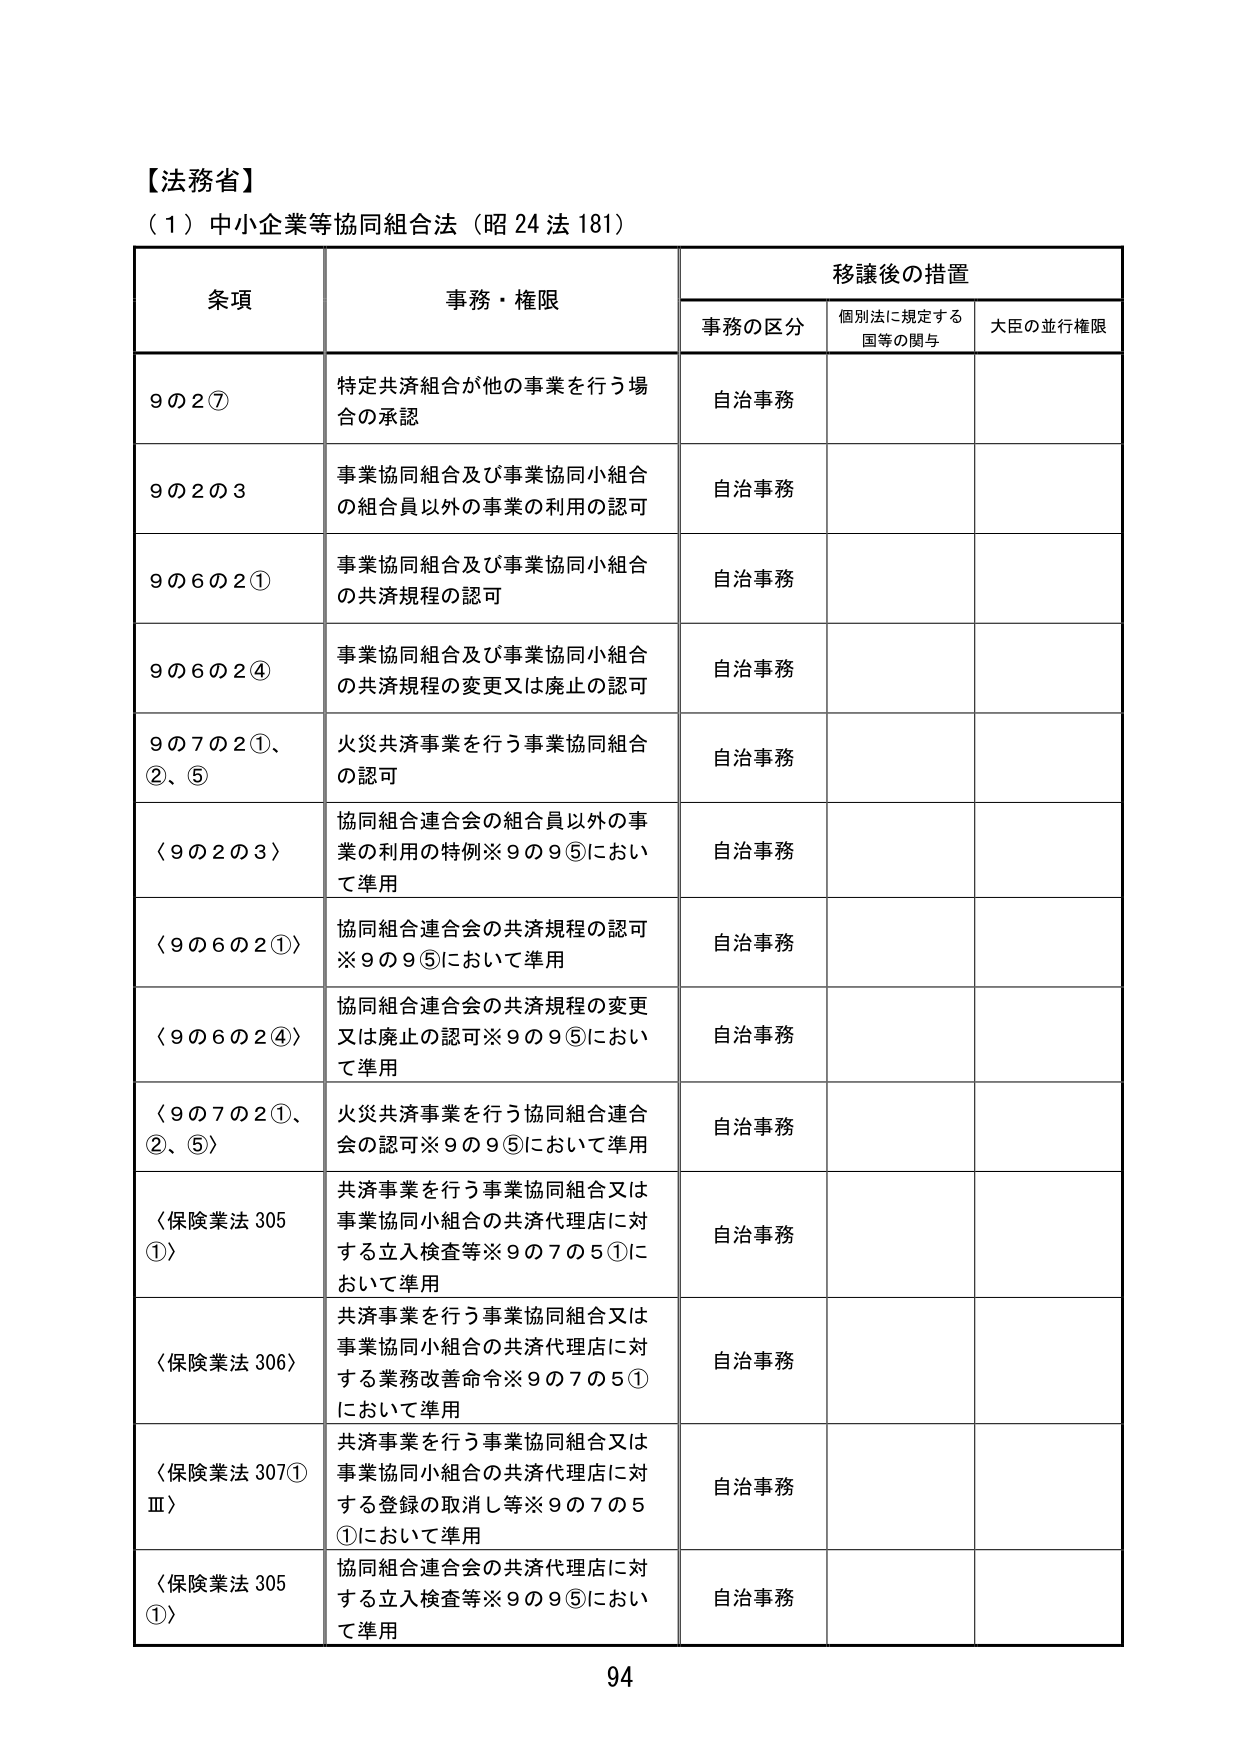
【法務省】
（1）中小企業等協同組合法（昭24法181）

条項 事務・権限 移譲後の措置
　　事務の区分 個別法に規定する国等の関与 大臣の並行権限

9の2⑦ 特定共済組合が他の事業を行う場合の承認 自治事務

9の2の3 事業協同組合及び事業協同小組合の組合員以外の事業の利用の認可 自治事務

9の6の2① 事業協同組合及び事業協同小組合の共済規程の認可 自治事務

9の6の2④ 事業協同組合及び事業協同小組合の共済規程の変更又は廃止の認可 自治事務

9の7の2①、②、⑤ 火災共済事業を行う事業協同組合の認可 自治事務

〈9の2の3〉 協同組合連合会の組合員以外の事業の利用の特例※9の9⑤において準用 自治事務

〈9の6の2①〉 協同組合連合会の共済規程の認可※9の9⑤において準用 自治事務

〈9の6の2④〉 協同組合連合会の共済規程の変更又は廃止の認可※9の9⑤において準用 自治事務

〈9の7の2①、②、⑤〉 火災共済事業を行う協同組合連合会の認可※9の9⑤において準用 自治事務

〈保険業法305①〉 共済事業を行う事業協同組合又は事業協同小組合の共済代理店に対する立入検査等※9の7の5①において準用 自治事務

〈保険業法306〉 共済事業を行う事業協同組合又は事業協同小組合の共済代理店に対する業務改善命令※9の7の5①において準用 自治事務

〈保険業法307①Ⅲ〉 共済事業を行う事業協同組合又は事業協同小組合の共済代理店に対する登録の取消し等※9の7の5①において準用 自治事務

〈保険業法305①〉 協同組合連合会の共済代理店に対する立入検査等※9の9⑤において準用 自治事務

94